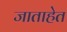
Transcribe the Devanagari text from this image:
जाताहेत